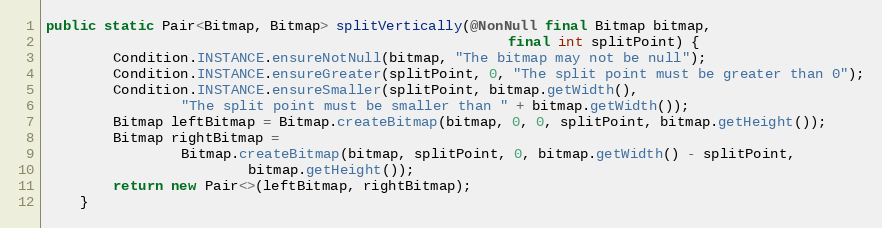
Language: Java
public static Pair<Bitmap, Bitmap> splitVertically(@NonNull final Bitmap bitmap,
                                                       final int splitPoint) {
        Condition.INSTANCE.ensureNotNull(bitmap, "The bitmap may not be null");
        Condition.INSTANCE.ensureGreater(splitPoint, 0, "The split point must be greater than 0");
        Condition.INSTANCE.ensureSmaller(splitPoint, bitmap.getWidth(),
                "The split point must be smaller than " + bitmap.getWidth());
        Bitmap leftBitmap = Bitmap.createBitmap(bitmap, 0, 0, splitPoint, bitmap.getHeight());
        Bitmap rightBitmap =
                Bitmap.createBitmap(bitmap, splitPoint, 0, bitmap.getWidth() - splitPoint,
                        bitmap.getHeight());
        return new Pair<>(leftBitmap, rightBitmap);
    }